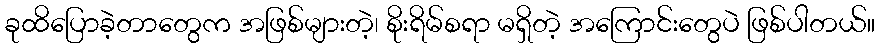
ခုထိပြောခဲ့တာတွေက အဖြစ်များတဲ့၊ စိုးရိမ်စရာ မရှိတဲ့ အကြောင်းတွေပဲ ဖြစ်ပါတယ်။